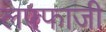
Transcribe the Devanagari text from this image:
लफ्फाजी